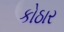
કોઠાર